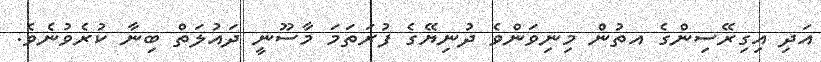
އަދި އިގިރޭސިންގެ އތުން މިނިވަންވެ ދުނިޔޭގެ ފުރަތަމަ މާސޫނީ ދައުލަތް ބިނާ ކުރެވުނެވެ.